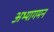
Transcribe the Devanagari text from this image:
अभ्यागमन